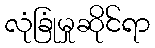
လုံခြုံမှုဆိုင်ရာ